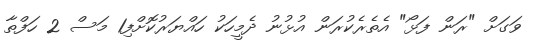
ވަގަށް "ރަން ފަޅޯ" އެތެރެކުރަން އުޅުނު ދެމީހަކު ހައްޔަރުކޮށްފި1 މަސް 2 ހަފްތާ